Juri_Uluots, lk 2
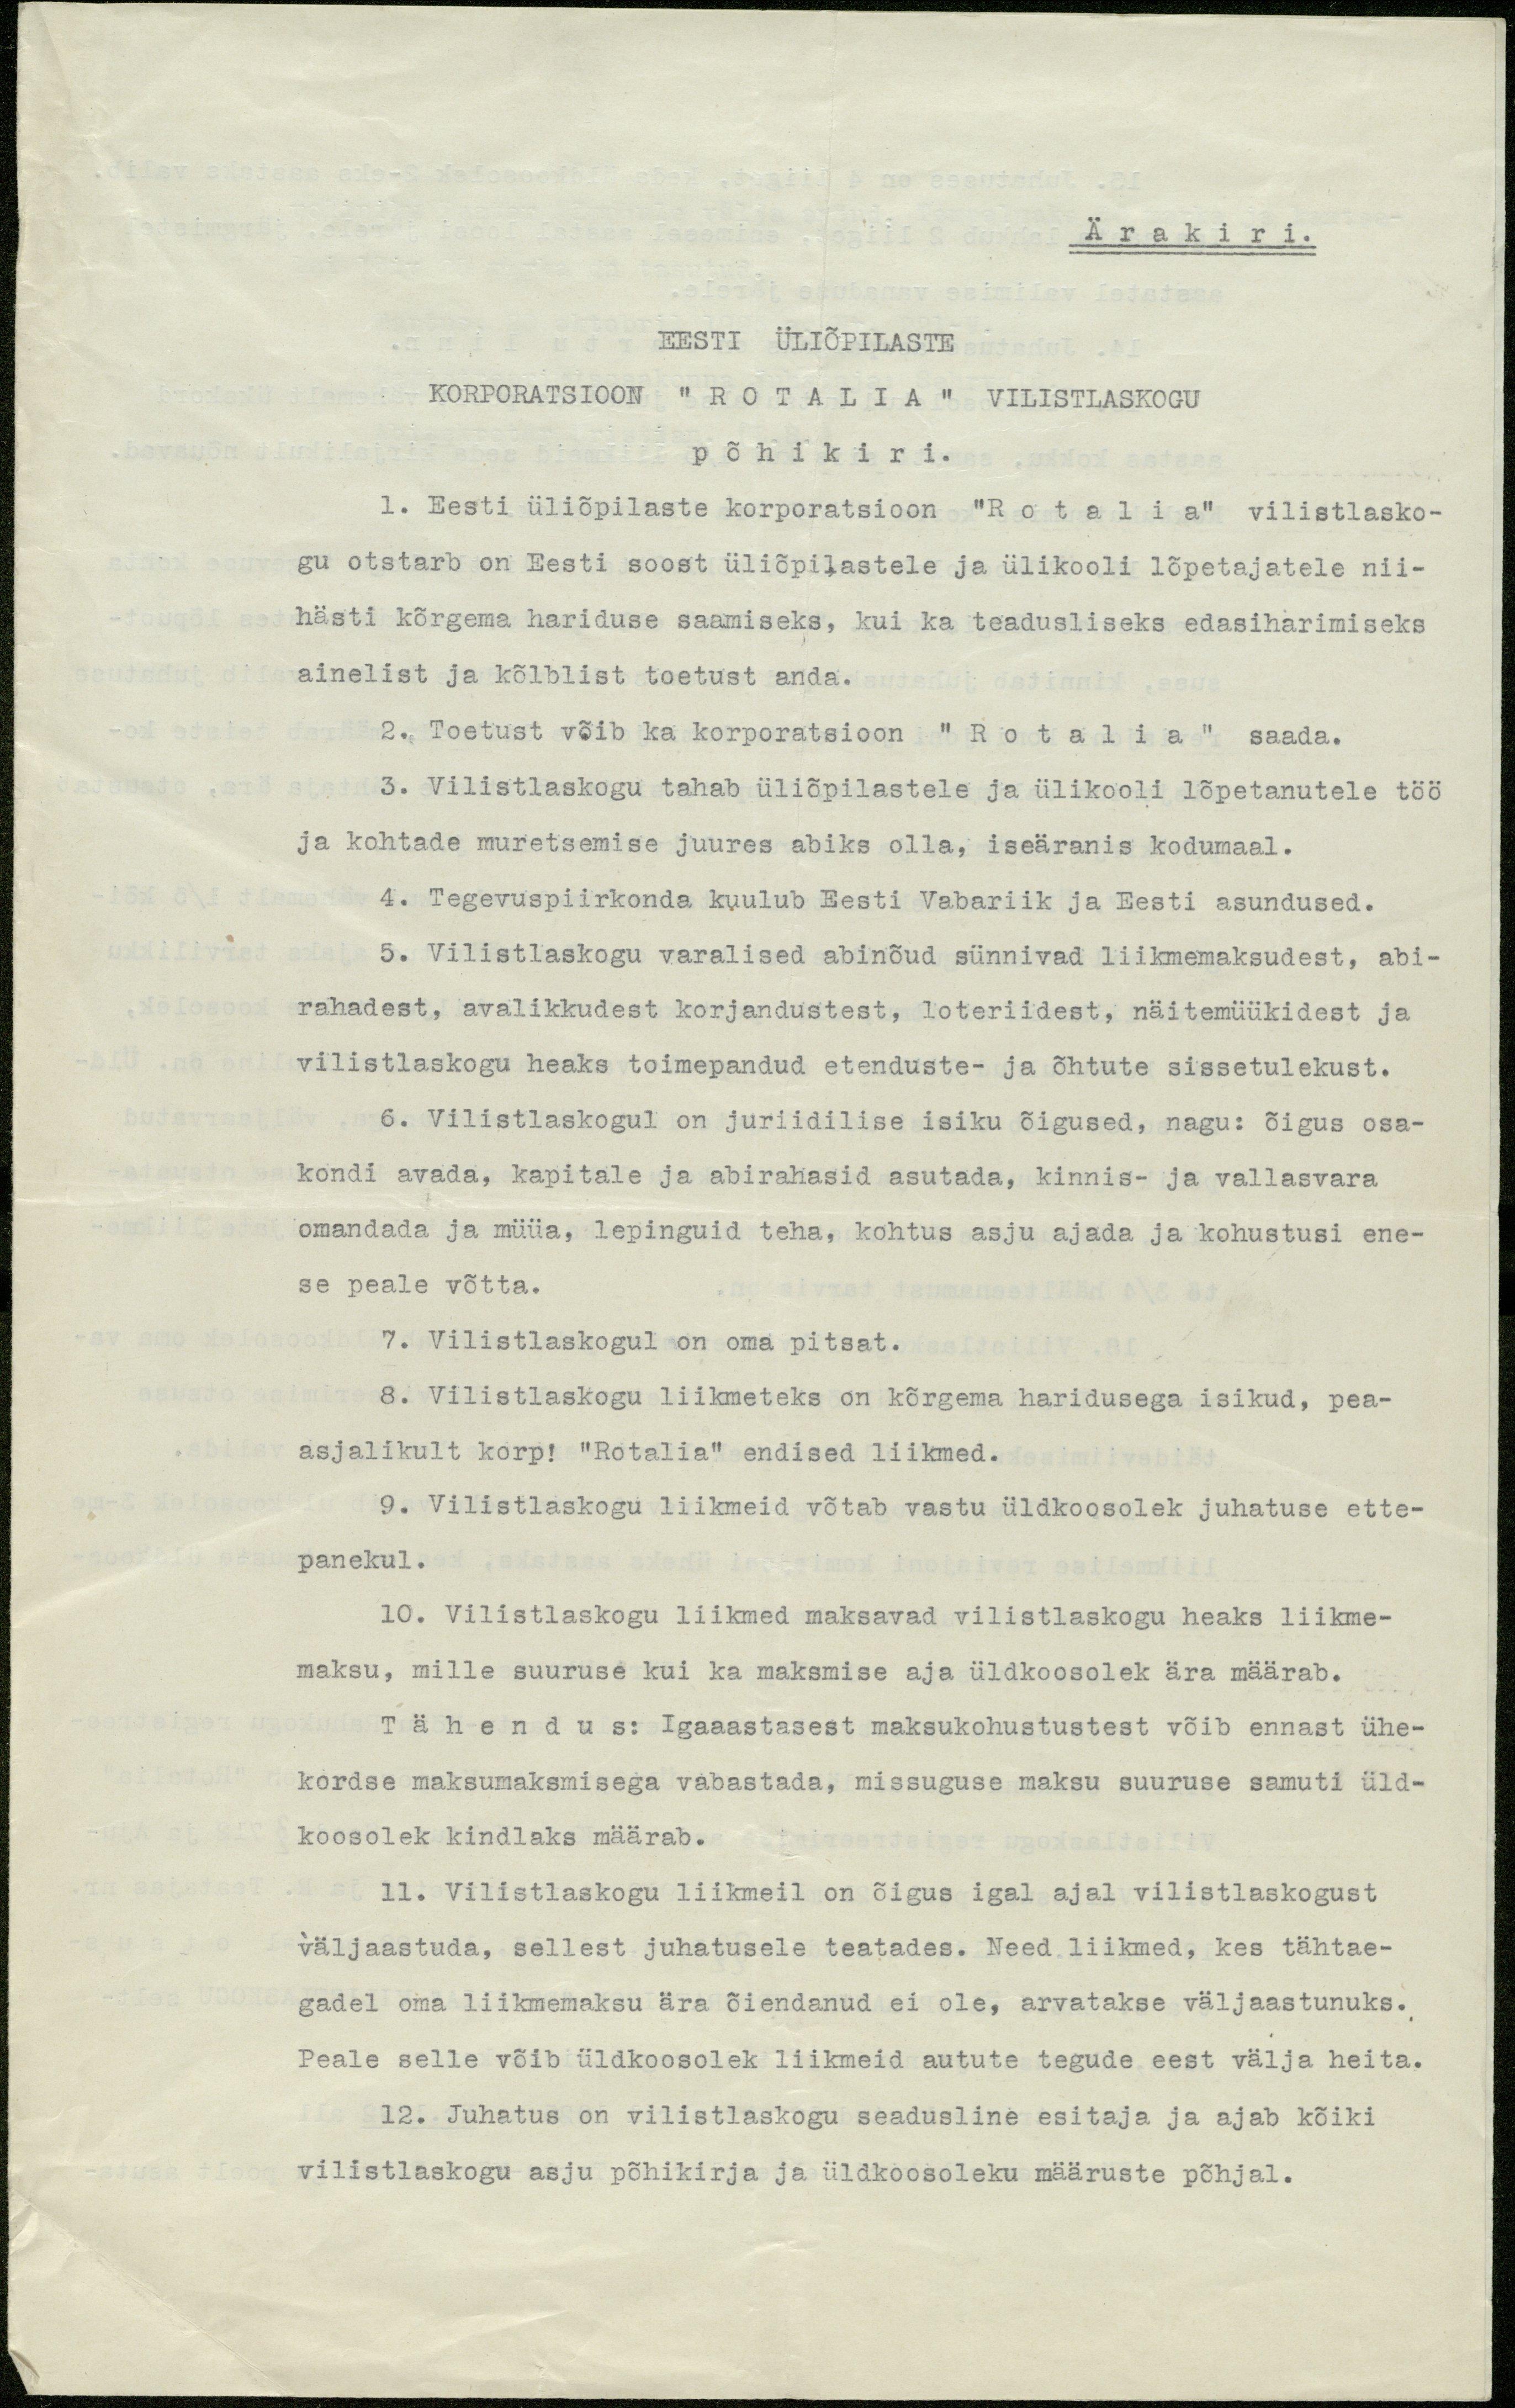
Ärakiri.
EESTI ÜLIÕPILASTE
KORPORATSIOON "ROTALIA" VILISTLASKOGU
põhikiri.
1. Eesti üliõpilaste korporatsioon "Rotalia" vilistlasko-
gu otstarb on Eesti soost üliõpilastele ja ülikooli lõpetajatele nii-
hästi kõrgema hariduse saamiseks, kui ka teadusliseks edasiharimiseks
ainelist ja kõlblist toetust anda.
2. Toetust võib ka korporatsioon "Rotalia" saada.
3. Vilistlaskogu tahab üliõpilastele ja ülikooli lõpetanutele töö
ja kohtade muretsemise juures abiks olla, iseäranis kodumaal.
4. Tegevuspiirkonda kuulub Eesti Vabariik ja Eesti asundused.
5. Vilistlaskogu varalised abinõud sünnivad liikmemaksudest, abi-
rahadest, avalikkudest korjandustest, loteriidest, näitemüükidest ja
vilistlaskogu heaks toimepandud etenduste- ja õhtute sissetulekust.
6. Vilistlaskogul on juriidilise isiku õigused, nagu: õigus osa-
kondi avada, kapitale ja abirahasid asutada, kinnis- ja vallasvara
omandada ja müüa, lepinguid teha, kohtus asju ajada ja kohustusi ene-
se peale võtta.
7. Vilistlaskogul on oma pitsat.
8. Vilistlaskogu liikmeteks on kõrgema haridusega isikud, pea-
asjalikult korp! "Rotalia" endised liikmed.
9. Vilistlaskogu liikmeid võtab vastu üldkoosolek juhatuse ette-
panekul.
10. Vilistlaskogu liikmed maksavad vilistlaskogu heaks liikme-
maksu, mille suuruse kui ka maksmise aja üldkoosolek ära määrab.
Tähendus: Igaaastasest maksukohustustest võib ennast ühe-
kordse maksumaksmisega vabastada, missuguse maksu suuruse samuti üld-
koosolek kindlaks määrab.
11. Vilistlaskogu liikmeil on õigus igal ajal vilistlaskogust
väljaastuda, sellest juhatusele teatades. Need liikmed, kes tähtae-
gadel oma liikmemaksu ära õiendanud ei ole, arvatakse väljaastunuks.
Peale selle võib üldkoosolek liikmeid autute tegude eest välja heita.
12. Juhatus on vilistlaskogu seadusline esitaja ja ajab kõiki
vilistlaskogu asju põhikirja ja üldkoosoleku määruste põhjal.